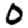
Digit: 0